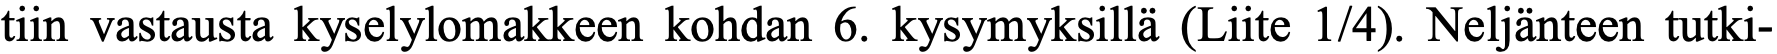
tiin vastausta kyselylomakkeen kohdan 6. kysymyksillä (Liite 1/4). Neljänteen tutki-